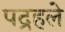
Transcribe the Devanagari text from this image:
पद्रहले